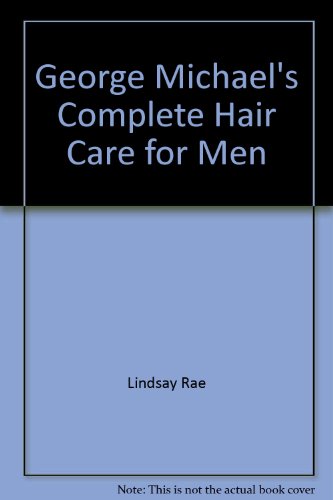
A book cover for George Michael's Complete hair care for men; George Michael; Health, Fitness & Dieting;